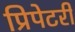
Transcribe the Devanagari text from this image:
प्रिपेटरी